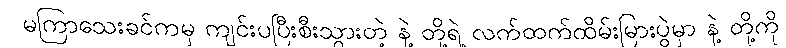
မကြာသေးခင်ကမှ ကျင်းပပြီးစီးသွားတဲ့ နဲ့ တို့ရဲ့ လက်ထက်ထိမ်းမြားပွဲမှာ နဲ့ တို့ကို